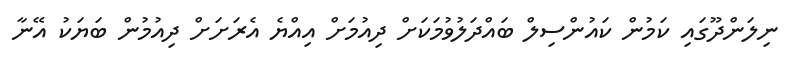
ނިލަންދޫގައި ކަމުން ކައުންސިލް ބައްދަލުވުމަކަށް ދިއުމަށް އިއްޔެ އެރަށަށް ދިއުމުން ބަޔަކު އޭނާ